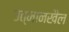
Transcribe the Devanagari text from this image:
उत्मानखैल